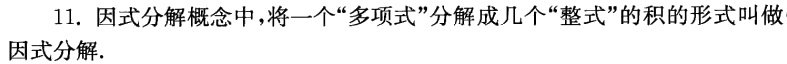
11. 因式分解概念中，将一个“多项式”分解成几个“整式”的积的形式叫做